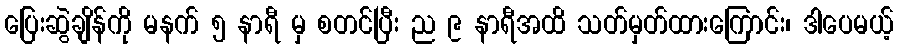
ပြေးဆွဲချိန်ကို မနက် ၅ နာရီ မှ စတင်ပြီး ည ၉ နာရီအထိ သတ်မှတ်ထားကြောင်း၊ ဒါပေမယ့်